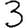
Digit: 3